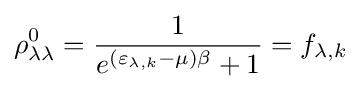
\rho _{\lambda \lambda }^{0}={\frac {1}{e^{(\varepsilon _{\lambda ,k}-\mu )\beta }+1}}=f_{\lambda ,k}